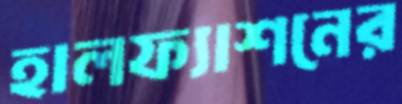
হালফ্যাশনের